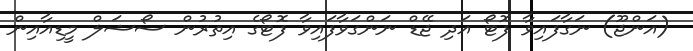
(އަންޖޫ) ނަގާފައިވާ ފޮޓޯ އަދި ޖޭޑް ނަންގަވާފައިވާ ފޮޓޯގެ އިތުރުން ސޯޝަލް މީޑިއާއިން